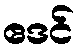
ဧဒင်